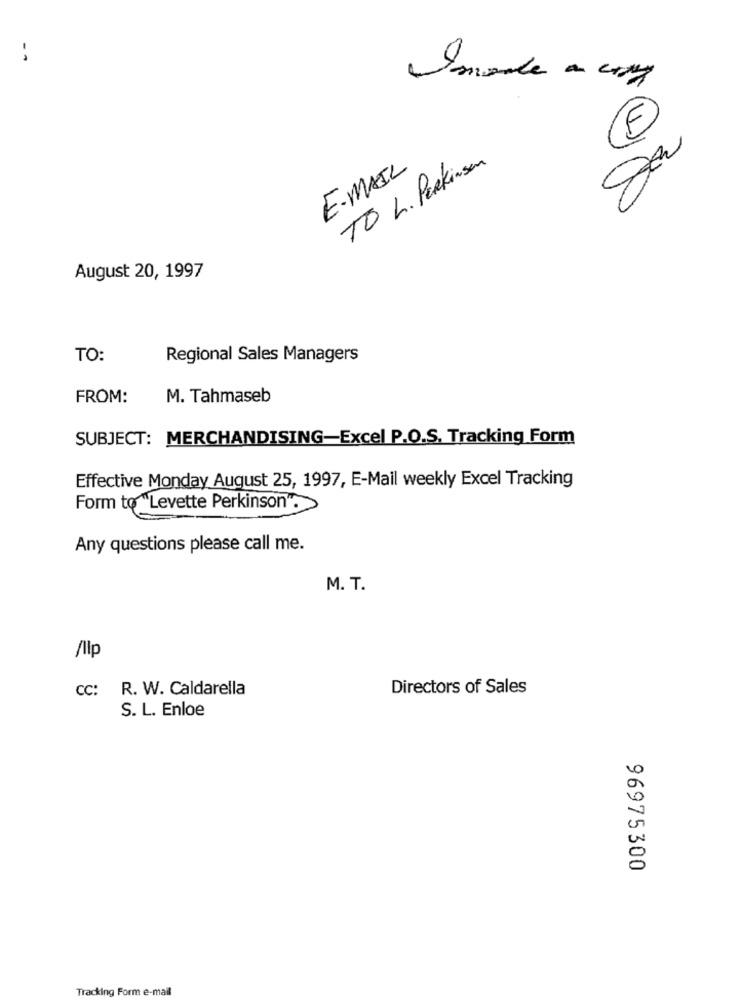
TO L. Parkinson
E-MAIL
August 20, 1997
TO:
Regional Sales Managers
FROM:
M. Tahmaseb
SUBJECT: MERCHANDISING-Excel P.O.S. Tracking Form
Effective Monday August 25, 1997, E-Mail weekly Excel Tracking
Form to "Levette Perkinson".
Any questions please call me.
M. T.
/Ilp
CC: R. W. Caldarella
Directors of Sales
S. L. Enloe
96975300
Tracking Form e-mail